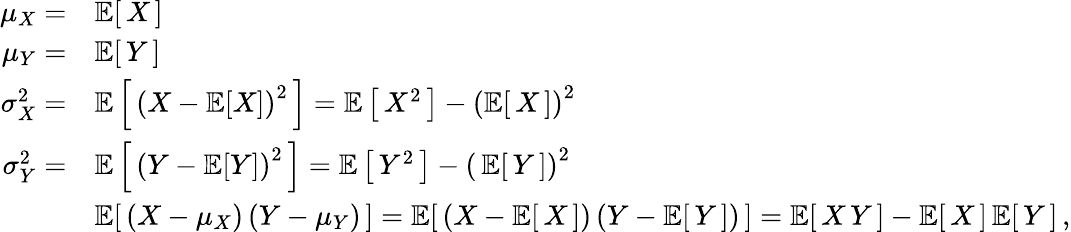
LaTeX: {\begin{array}{rl}{\mu_{X}=}&{\operatorname{\mathbb{E}}[\, X\, ]}\\ {\mu_{Y}=}&{\operatorname{\mathbb{E}}[\, Y\, ]}\\ {\sigma_{X}^{2}=}&{\operatorname{\mathbb{E}}\left[\, \left(X-\operatorname{\mathbb{E}}[X]\right)^{2}\, \right]=\operatorname{\mathbb{E}}\left[\, X^{2}\, \right]-\left(\operatorname{\mathbb{E}}[\, X\, ]\right)^{2}}\\ {\sigma_{Y}^{2}=}&{\operatorname{\mathbb{E}}\left[\, \left(Y-\operatorname{\mathbb{E}}[Y]\right)^{2}\, \right]=\operatorname{\mathbb{E}}\left[\, Y^{2}\, \right]-\left(\, \operatorname{\mathbb{E}}[\, Y\, ]\right)^{2}}\\ &{\operatorname{\mathbb{E}}[\, \left(X-\mu_{X}\right)\left(Y-\mu_{Y}\right)\, ]=\operatorname{\mathbb{E}}[\, \left(X-\operatorname{\mathbb{E}}[\, X\, ]\right)\left(Y-\operatorname{\mathbb{E}}[\, Y\, ]\right)\, ]=\operatorname{\mathbb{E}}[\, X\, Y\, ]-\operatorname{\mathbb{E}}[\, X\, ]\operatorname{\mathbb{E}}[\, Y\, ]\, ,}\end{array}}